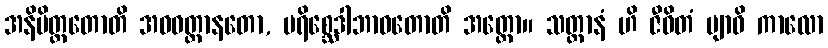
အနိမိတ္တတောတိ အဝဝတ္ထာနတော, ပရိစ္ဆေဒါဘာဝတောတိ အတ္ထော။ သတ္တာနံ ဟိ ဇီဝိတံ ဗျာဓိ ကာလော